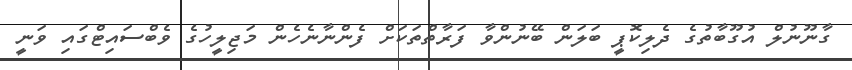
ގާނޫނުލް އުގޫބާތުގެ ދެލިކޮޕީ ބަލަން ބޭނުންވާ ފަރާތްތަކަށް ފެންނާނެހެން މަޖިލީހުގެ ވެބްސައިޓްގައި ވަނީ